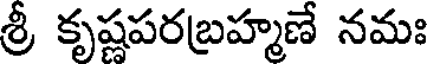
శ్రీ కృష్ణపరబ్రహ్మణే నమః